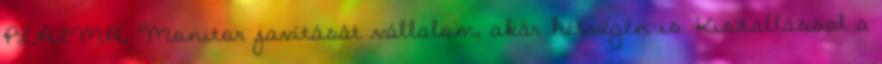
PLAZMA, Monitor javítását vállalom, akár hétvégén is. Kiszállással a